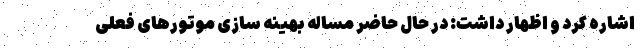
اشاره کرد و اظهار داشت: در حال حاضر مساله بهینه سازی موتورهای فعلی